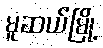
မူဆယ်မြို့